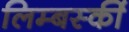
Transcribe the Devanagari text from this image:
लिम्बर्स्की